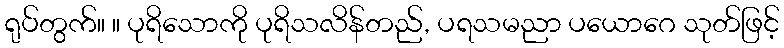
ရုပ်တွက်။ ။ ပုရိသောကို ပုရိသလိန်တည်, ပရသမညာ ပယောဂေ သုတ်ဖြင့်